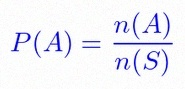
P(A)=\frac{n(A)}{n(S)}